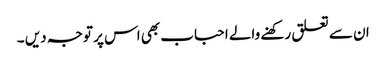
ان سے تعلق رکھنے والے احباب بھی اس پر توجہ دیں ۔